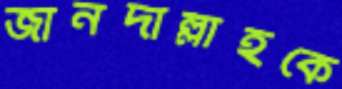
জানদাল্লাহকে